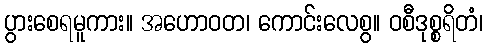
ပွားစေရမူကား။ အဟောဝတ၊ ကောင်းလေစွ။ ဝစီဒုစ္စရိတံ၊